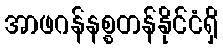
အာဖဂန်နစ္စတန်နိုင်ငံရှိ